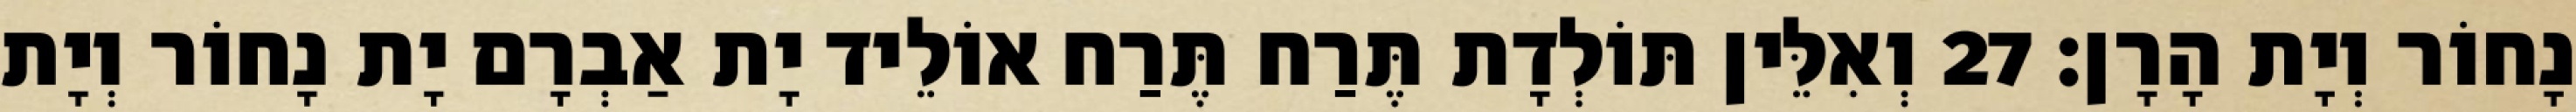
נָחוֹר וְיָת הָרָן׃ 27 וְאִלֵּין תּוֹלְדָת תֶּרַח תֶּרַח אוֹלֵיד יָת אַבְרָם יָת נָחוֹר וְיָת